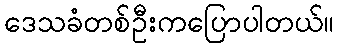
ဒေသခံတစ်ဦးကပြောပါတယ်။